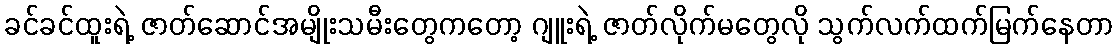
ခင်ခင်ထူးရဲ့ ဇာတ်ဆောင်အမျိုးသမီးတွေကတော့ ဂျူးရဲ့ ဇာတ်လိုက်မတွေလို သွက်လက်ထက်မြက်နေတာ